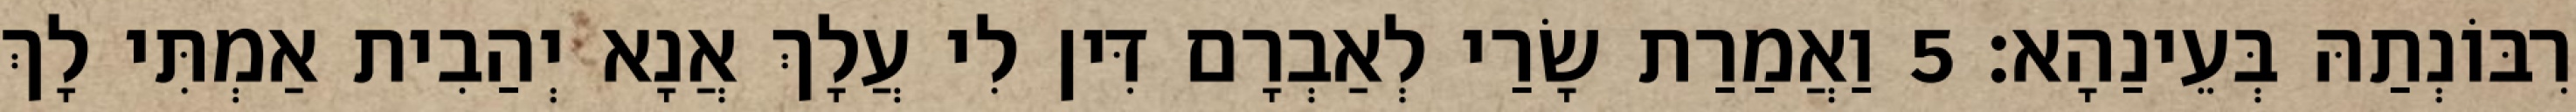
רִבּוֹנְתַהּ בְּעֵינַהָא׃ 5 וַאֲמַרַת שָׂרַי לְאַבְרָם דִּין לִי עֲלָךְ אֲנָא יְהַבִית אַמְתִּי לָךְ